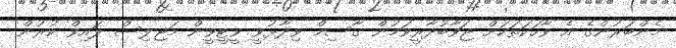
މެންބަރުންގެ އެ ވާހަކަތަކަށް ޖަވާބުދާރީވަމުން ގާސިމް ވިދާޅުވީ ވީޓީވީން މަޖިލިސް ލައިވް ކުރުން